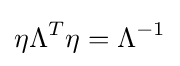
\eta \Lambda ^{T}\eta =\Lambda ^{-1}